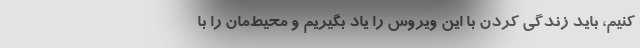
کنیم، باید زندگی کردن با این ویروس را یاد بگیریم و محیط‌مان را با